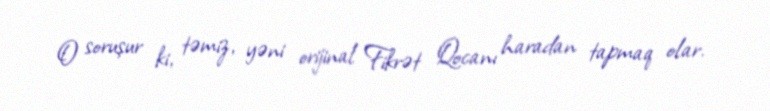
O soruşur ki, təmiz, yəni orijinal Fikrət Qocanı haradan tapmaq olar.